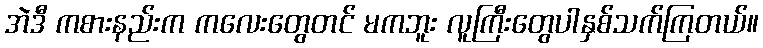
အဲဒီ ကစားနည်းက ကလေးတွေတင် မကဘူး လူကြီးတွေပါနှစ်သက်ကြတယ်။